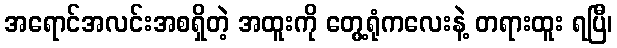
အရောင်အလင်းအစရှိတဲ့ အထူးကို တွေ့ရုံကလေးနဲ့ တရားထူး ရပြီ၊